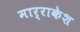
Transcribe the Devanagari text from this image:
मार्राकेश